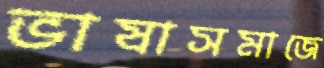
ভাষাসমাজে